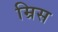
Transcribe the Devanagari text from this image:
म्रिस